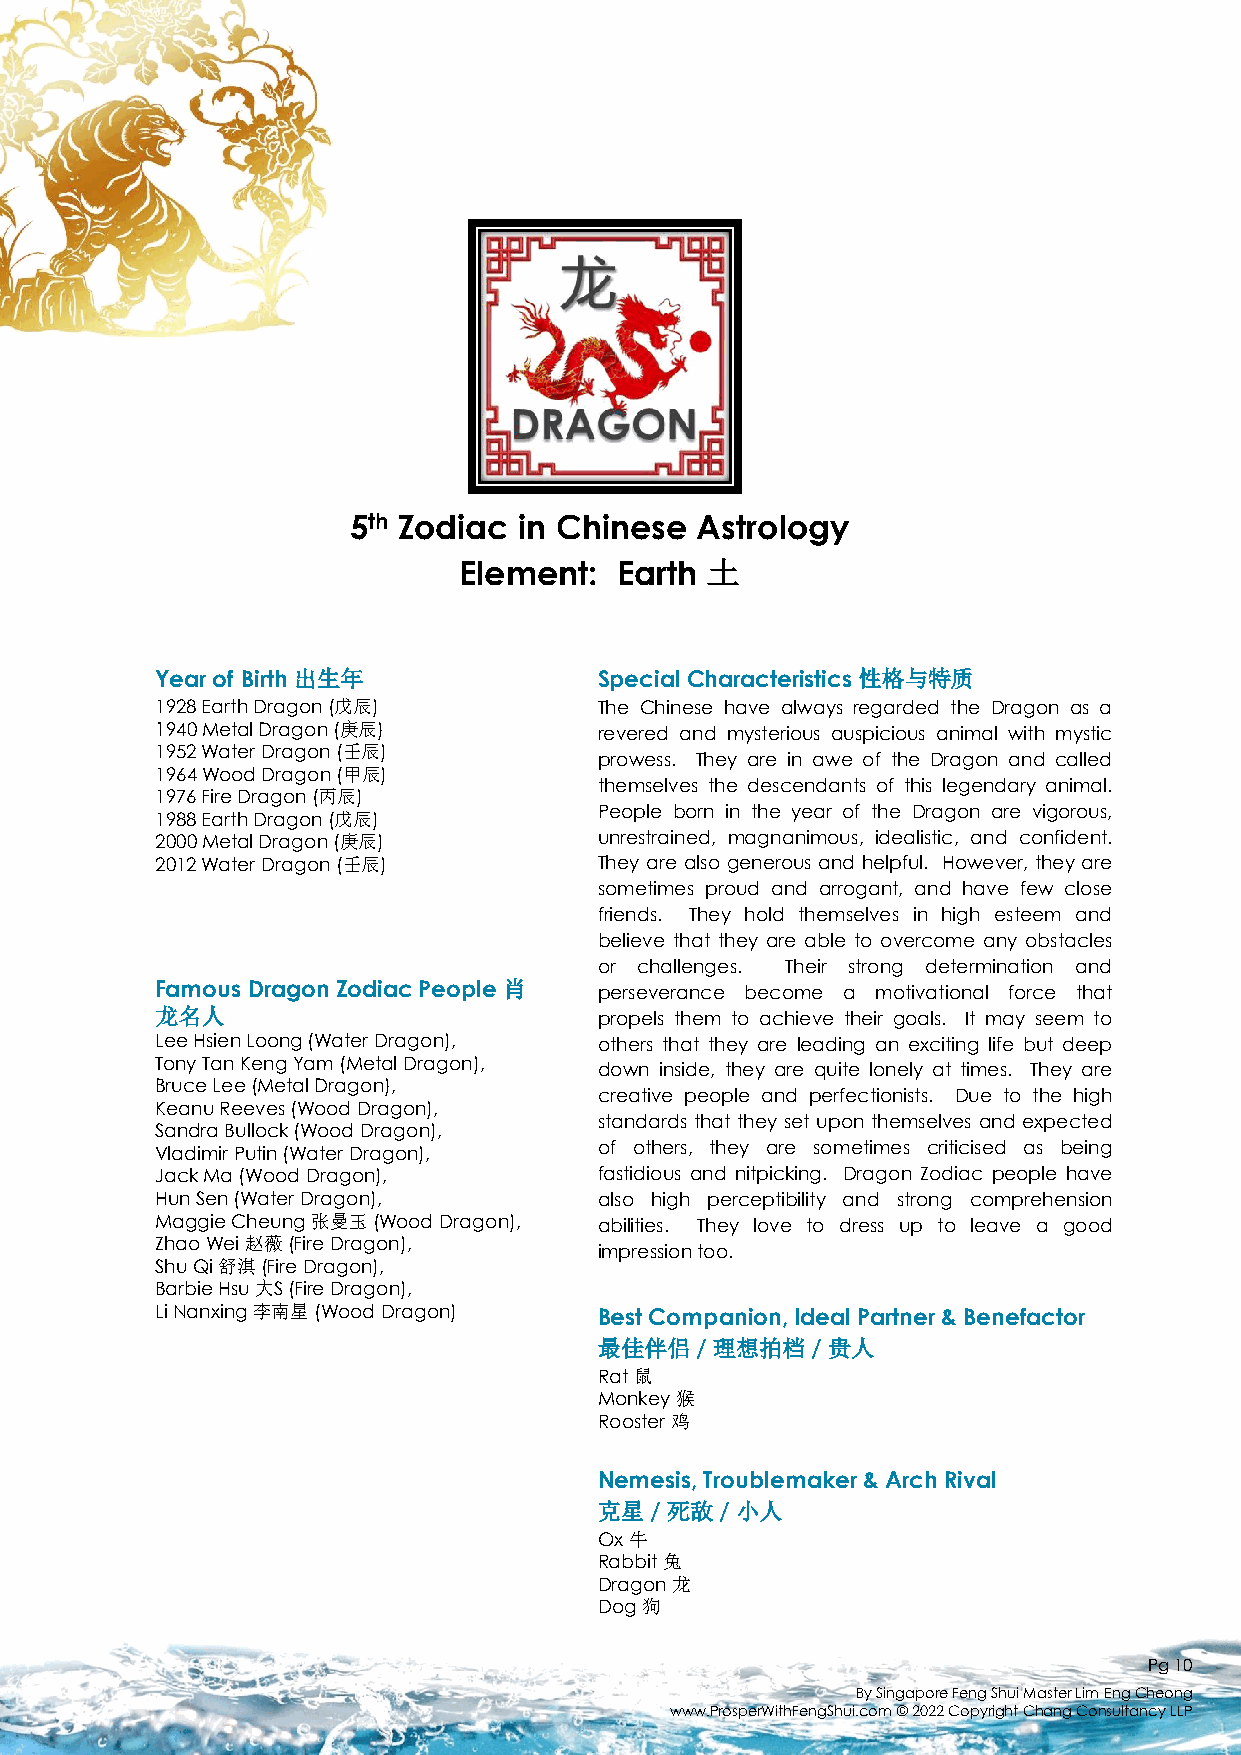
5th Zodiac in Chinese  Astrology
 Element:   Earth 土
 Year of Birth 出生年             SpecialCharacteristics性格与特质
 1928 Earth Dragon (戊辰)        The Chinese have always regarded the Dragon as a
 1940 Metal Dragon (庚辰)        revered and mysterious auspicious animal with mystic
 1952 Water Dragon (壬辰)
 prowess. They are in awe of the Dragon and called
 1964 Wood Dragon (甲辰)
 themselves the descendants of this legendary animal.
 1976 Fire Dragon (丙辰)
 People born in the year of the Dragon are vigorous,
 1988 Earth Dragon (戊辰)
 2000 Metal Dragon (庚辰)        unrestrained, magnanimous, idealistic, and confident.
 2012 Water Dragon (壬辰)        They are also generous and helpful. However, they are
 sometimes proud and arrogant, and have few close
 friends. They hold themselves in high esteem and
 believe that they are able to overcome any obstacles
 or challenges. Their strong determination and
 Famous Dragon Zodiac People 肖 perseverance become a motivational force that
 龙名人                           propels them to achieve their goals. It may seem to
 Lee Hsien Loong (Water Dragon), others that they are leading an exciting life but deep
 Tony Tan KengYam (Metal Dragon),
 down inside, they are quite lonely at times. They are
 Bruce Lee (Metal Dragon),
 creative people and perfectionists. Due to the high
 Keanu Reeves (Wood Dragon),
 standards that they set upon themselves and expected
 Sandra Bullock (Wood Dragon),
 Vladimir Putin (Water Dragon), of others, they are sometimes criticised as being
 Jack Ma (Wood Dragon),        fastidious and nitpicking. Dragon Zodiac people have
 Hun Sen (Water Dragon),       also high perceptibility and strong comprehension
 Maggie Cheung 张曼玉(Wood Dragon), abilities. They love to dress up to leave a good
 Zhao Wei 赵薇(Fire Dragon),
 impressiontoo.
 Shu Qi 舒淇(Fire Dragon),
 Barbie Hsu 大S (Fire Dragon),
 Li Nanxing李南星(Wood Dragon)    Best Companion, Ideal Partner & Benefactor
 最佳伴侣/  理想拍档/   贵人
 Rat 鼠
 Monkey 猴
 Rooster 鸡
 Nemesis, Troublemaker & Arch Rival
 克星/ 死敌/  小人
 Ox 牛
 Rabbit 兔
 Dragon 龙
 Dog 狗
 Pg10
 By Singapore Feng Shui Master Lim EngCheong
 www.ProsperWithFengShui.com © 2022 Copyright Chang Consultancy LLP